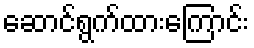
ဆောင်ရွက်ထားကြောင်း